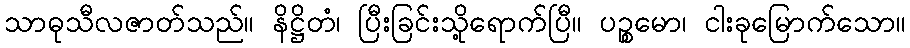
သာဓုသီလဇာတ်သည်။ နိဋ္ဌိတံ၊ ပြီးခြင်းသို့ရောက်ပြီ။ ပဉ္စမော၊ ငါးခုမြောက်သော။